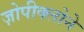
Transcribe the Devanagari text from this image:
ज़ोपीक्लोने